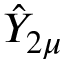
\hat { Y } _ { 2 \mu }